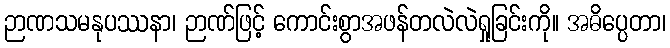
ဉာဏသမနုပဿနာ၊ ဉာဏ်ဖြင့် ကောင်းစွာအဖန်တလဲလဲရှုခြင်းကို။ အဓိပ္ပေတာ၊